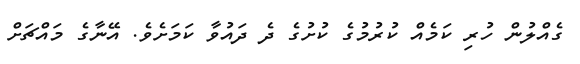
ގެއްލުން ހުރި ކަމެއް ކުރުމުގެ ކުށުގެ ދެ ދައުވާ ކަމަށެވެ. އޭނާގެ މައްޗަށް